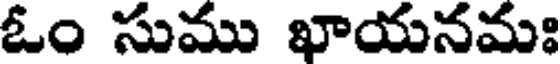
ఓం సుము ఖాయనమః